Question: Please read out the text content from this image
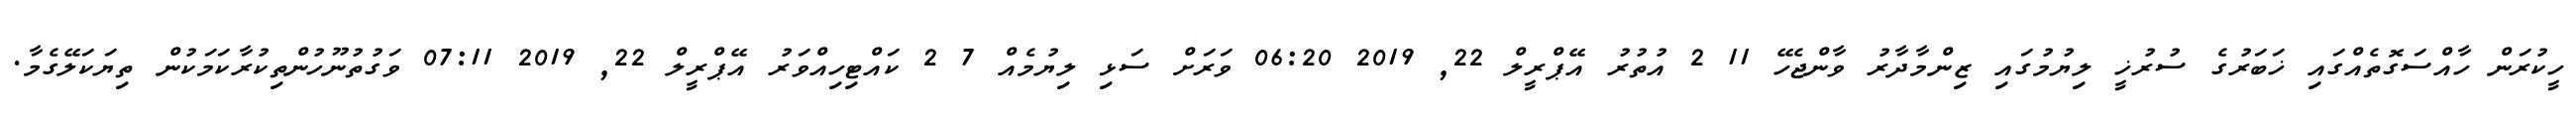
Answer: ހީކުރަން ހާއްސަގޮތެއްގައި ޚަބަރުގެ ސުރުޚީ ލިޔުމުގައި ޒިންމާދާރު ވާންޖެހޭ 11 2 އުތުރު އޭޕްރީލް 22, 2019 06:20 ވަރަށް ސަޅި ލިޔުމެއް 7 2 ކައްޓިހިއްވަރު އޭޕްރީލް 22, 2019 07:11 ވަގުތުނޫހުންތިކުރާކަމަކުން ތިޔަކަލޭގެމާ.